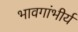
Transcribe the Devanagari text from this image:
भावगांभीर्य